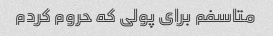
متاسفم برای پولی که حروم کردم